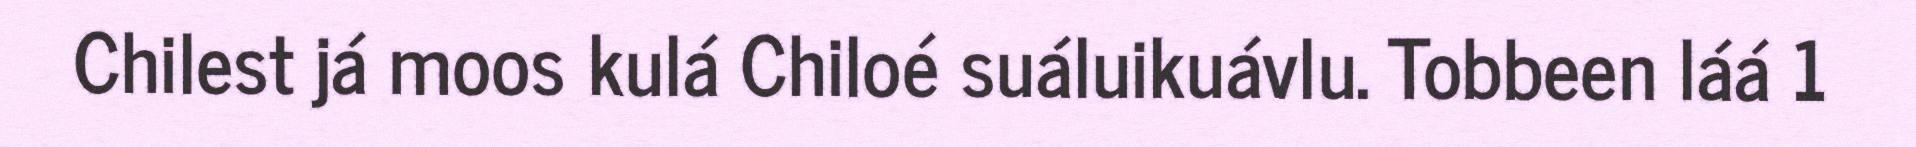
Chilest já moos kulá Chiloé suáluikuávlu. Tobbeen láá 1